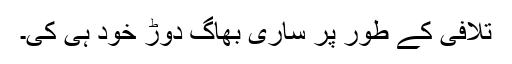
تلافی کے طور پر ساری بھاگ دوڑ خود ہی کی۔